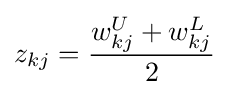
z_{kj}={\frac {w_{kj}^{U}+w_{kj}^{L}}{2}}